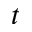
t